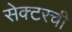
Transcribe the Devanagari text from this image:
सेक्टरची